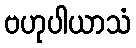
ဗဟုပါယာသံ